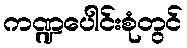
ကဏ္ဍပေါင်းစုံတွင်